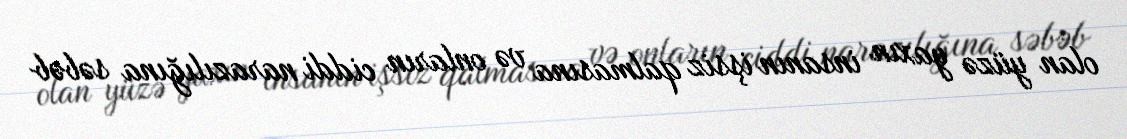
olan yüzə yaxın insanın işsiz qalmasına və onların ciddi narazılığına səbəb